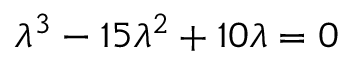
\lambda ^ { 3 } - 1 5 \lambda ^ { 2 } + 1 0 \lambda = 0